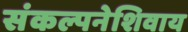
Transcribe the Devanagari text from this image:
संकल्पनेशिवाय